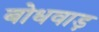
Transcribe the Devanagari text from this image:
बोधवाड़